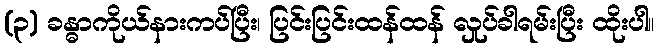
(၃) ခန္ဓာကိုယ်နားကပ်ပြီး၊ ပြင်းပြင်းထန်ထန် လှုပ်ခါရမ်းပြီး ထိုးပါ။